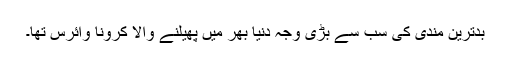
بدترین مندی کی سب سے بڑی وجہ دنیا بھر میں پھیلنے والا کرونا وائرس تھا۔